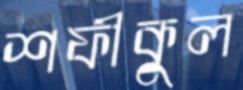
শফীকুল